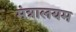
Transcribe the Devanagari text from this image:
मंत्रालयम